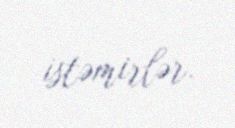
istəmirlər.